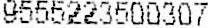
9555223500307